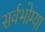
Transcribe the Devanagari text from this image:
सर्वभोग्या